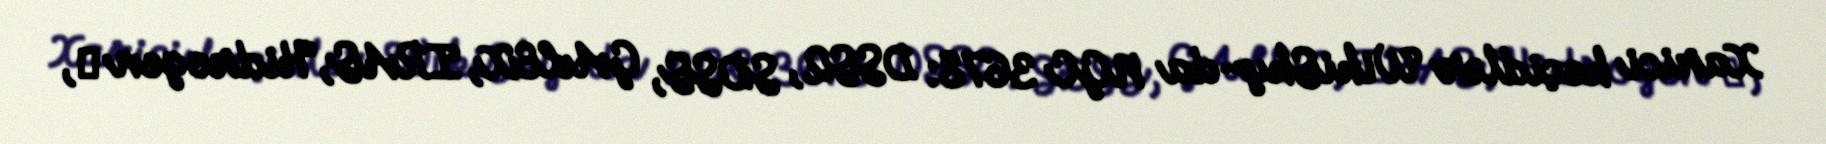
Xarici keçidlər WikiSky-da NGC 3678: DSS2, SDSS, GALEX, IRAS, Hidrogen α,